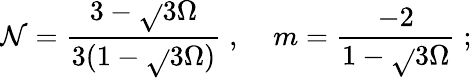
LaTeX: \mathcal{N}=\frac{{3-\sqrt{}{{3\Omega}}}}{{3(1-\sqrt{}{{3\Omega}})}}\; ,\; \; \; \; m=\frac{{-2}}{{1-\sqrt{}{{3\Omega}}}}\; ;